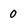
Character: 0